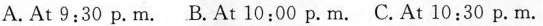
A.At 9:30 p.m. B.At 10:00 p.m. C.At 10:30 p.m.